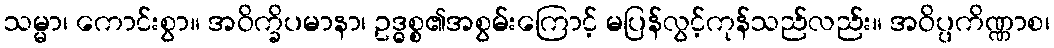
သမ္မာ၊ ကောင်းစွာ။ အဝိက္ခိပမာနာ၊ ဥဒ္ဓစ္စ၏အစွမ်းကြောင့် မပြန်လွင့်ကုန်သည်လည်း။ အဝိပ္ပကိဏ္ဏာစ၊